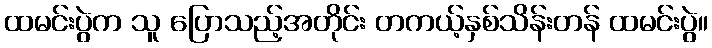
ထမင်းပွဲက သူ ပြောသည့်အတိုင်း တကယ့်နှစ်သိန်းတန် ထမင်းပွဲ။